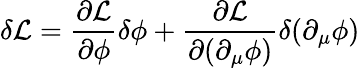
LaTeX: \delta{\mathcal{L}}={\frac{\partial{\mathcal{L}}}{\partial\phi}}\delta\phi+{\frac{\partial{\mathcal{L}}}{\partial(\partial_{\mu}\phi)}}\delta(\partial_{\mu}\phi)